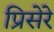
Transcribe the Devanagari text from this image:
प्रिसेरे